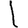
Digit: 1